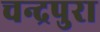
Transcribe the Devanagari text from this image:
चन्द्रपुरा